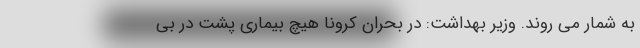
به شمار می روند. وزیر بهداشت: در بحران کرونا هیچ بیماری پشت در بی